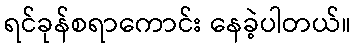
ရင်ခုန်စရာကောင်း နေခဲ့ပါတယ်။